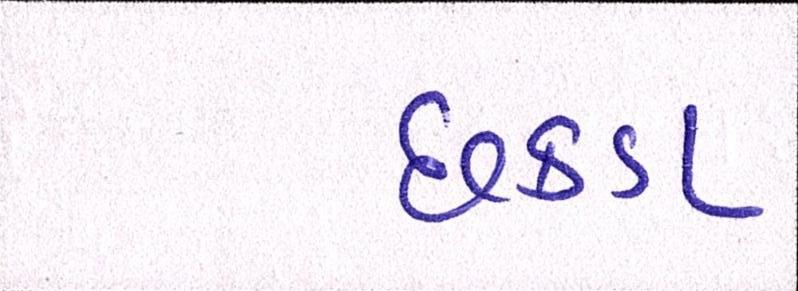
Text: છકડા